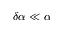
\delta \alpha \ll \alpha